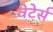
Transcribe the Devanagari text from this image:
वेटेर्स